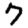
Digit: 7